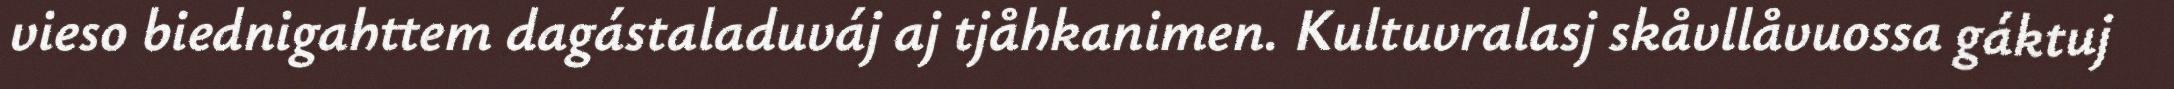
vieso biednigahttem dagástaladuváj aj tjåhkanimen. Kultuvralasj skåvllåvuossa gáktuj